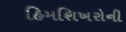
હિમશિખરોની